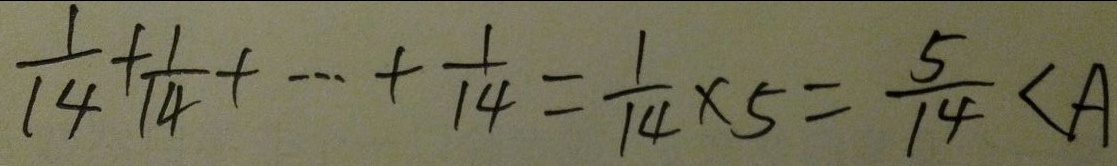
\frac { 1 } { 1 4 } + \frac { 1 } { 1 4 } + \cdots + \frac { 1 } { 1 4 } = \frac { 1 } { 1 4 } \times 5 = \frac { 5 } { 1 4 } < A